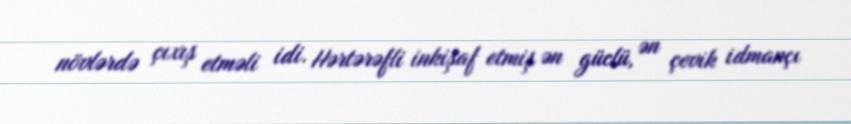
növlərdə çıxış etməli idi. Hərtərəfli inkişaf etmiş ən güclü, ən çevik idmançı